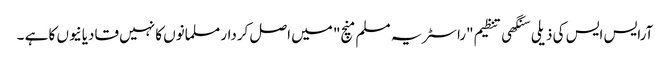
آرایس ایس کی ذیلی سنگھی تنظیم "راسٹریہ مسلم منچ" میں اصل کردار مسلمانوں کا نہیں قادیانیوں کا ہے ۔